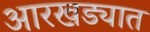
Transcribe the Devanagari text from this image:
आरखड्यात